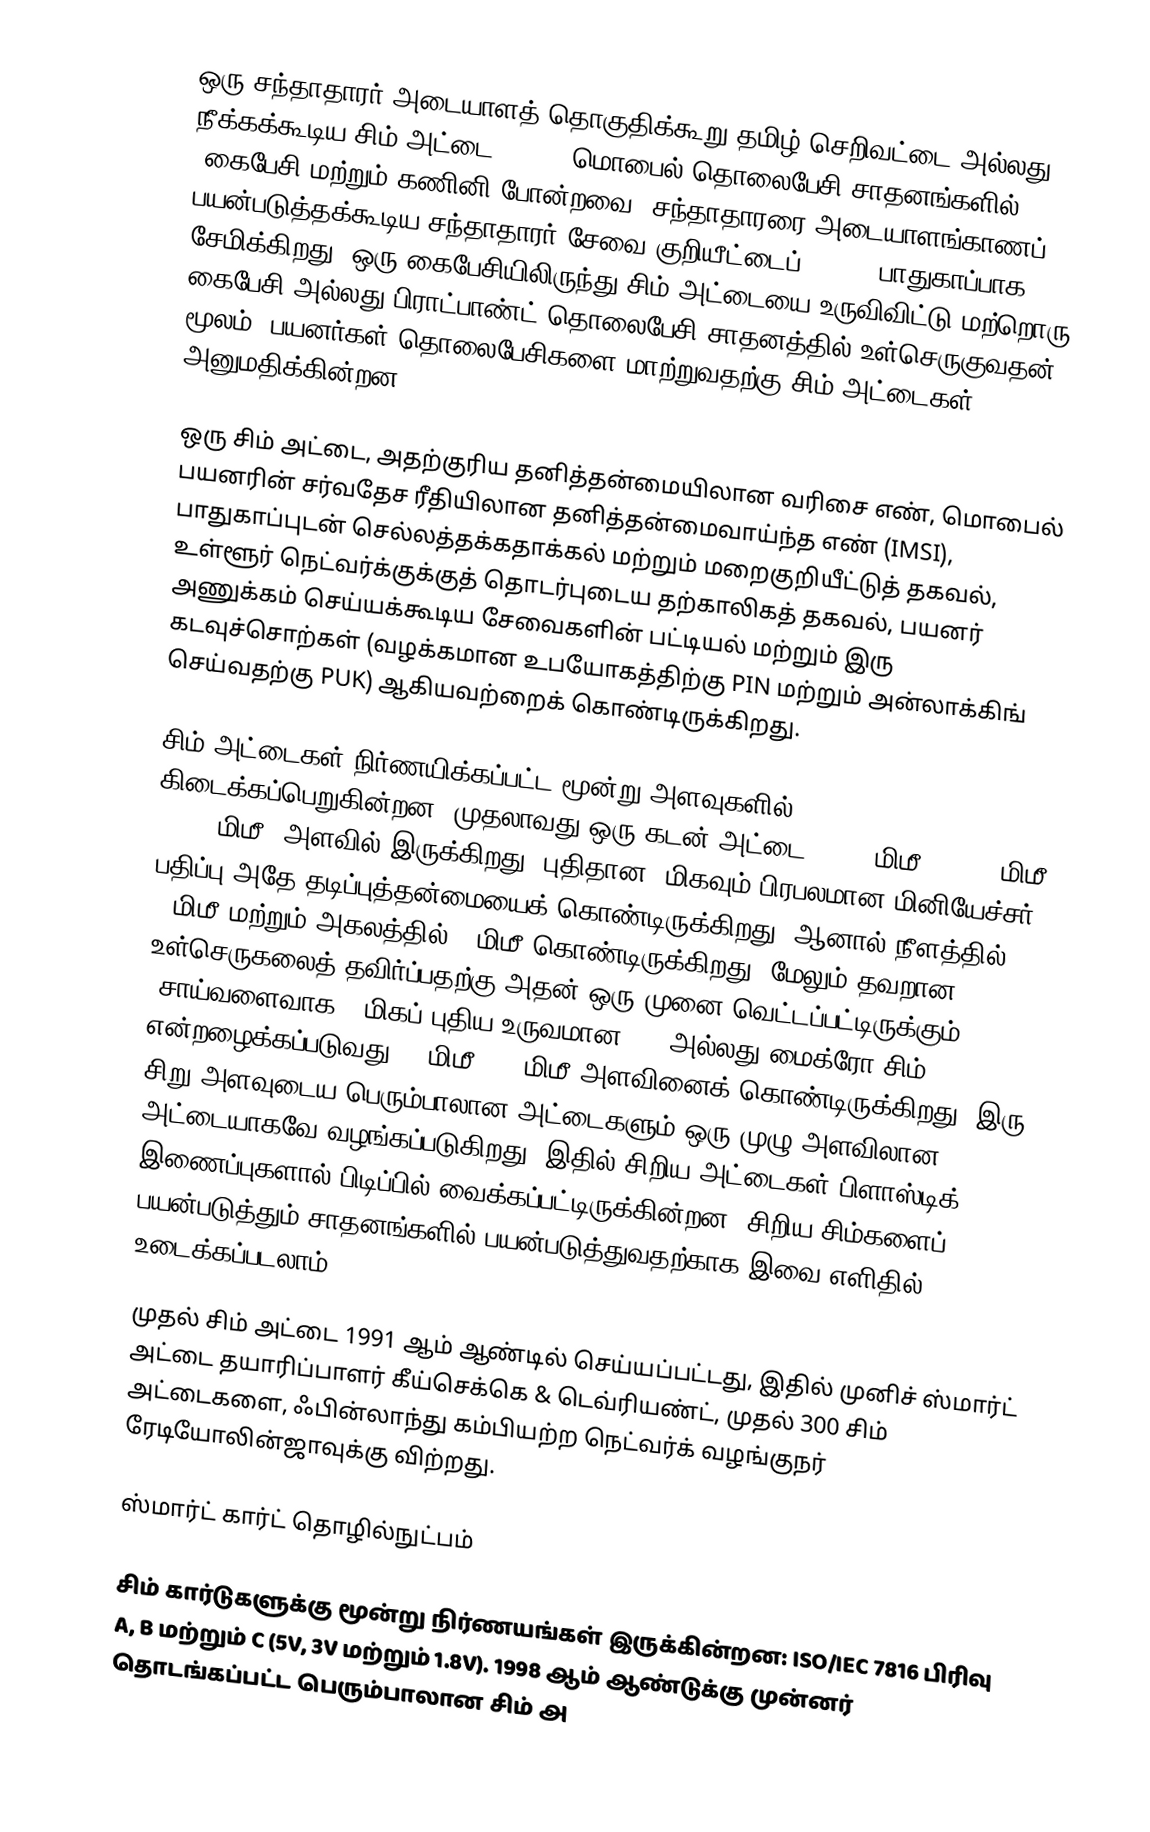
ஒரு சந்தாதாரர் அடையாளத் தொகுதிக்கூறு தமிழ்:செறிவட்டை அல்லது நீக்கக்கூடிய சிம் அட்டை (SIM), மொபைல் தொலைபேசி சாதனங்களில் (கைபேசி மற்றும் கணினி போன்றவை) சந்தாதாரரை அடையாளங்காணப் பயன்படுத்தக்கூடிய சந்தாதாரர் சேவை குறியீட்டைப் (IMSI) பாதுகாப்பாக சேமிக்கிறது. ஒரு கைபேசியிலிருந்து சிம் அட்டையை உருவிவிட்டு மற்றொரு கைபேசி அல்லது பிராட்பாண்ட் தொலைபேசி சாதனத்தில் உள்செருகுவதன் மூலம், பயனர்கள் தொலைபேசிகளை மாற்றுவதற்கு சிம் அட்டைகள் அனுமதிக்கின்றன.

ஒரு சிம் அட்டை, அதற்குரிய தனித்தன்மையிலான வரிசை எண், மொபைல் பயனரின் சர்வதேச ரீதியிலான தனித்தன்மைவாய்ந்த எண் (IMSI), பாதுகாப்புடன் செல்லத்தக்கதாக்கல் மற்றும் மறைகுறியீட்டுத் தகவல், உள்ளூர் நெட்வர்க்குக்குத் தொடர்புடைய தற்காலிகத் தகவல், பயனர் அணுக்கம் செய்யக்கூடிய சேவைகளின் பட்டியல் மற்றும் இரு கடவுச்சொற்கள் (வழக்கமான உபயோகத்திற்கு PIN மற்றும் அன்லாக்கிங் செய்வதற்கு PUK) ஆகியவற்றைக் கொண்டிருக்கிறது.

சிம் அட்டைகள் நிர்ணயிக்கப்பட்ட மூன்று அளவுகளில் கிடைக்கப்பெறுகின்றன. முதலாவது ஒரு கடன் அட்டை (85.60மிமீ × 53.98மிமீ x 0.76மிமீ) அளவில் இருக்கிறது. புதிதான, மிகவும் பிரபலமான மினியேச்சர் பதிப்பு அதே தடிப்புத்தன்மையைக் கொண்டிருக்கிறது, ஆனால் நீளத்தில் 25மிமீ மற்றும் அகலத்தில் 15மிமீ கொண்டிருக்கிறது, மேலும் தவறான உள்செருகலைத் தவிர்ப்பதற்கு அதன் ஒரு முனை வெட்டப்பட்டிருக்கும் (சாய்வளைவாக). மிகப் புதிய உருவமான 3FF அல்லது மைக்ரோ சிம் என்றழைக்கப்படுவது, 15மிமீ × 12மிமீ அளவினைக் கொண்டிருக்கிறது. இரு சிறு அளவுடைய பெரும்பாலான அட்டைகளும் ஒரு முழு-அளவிலான அட்டையாகவே வழங்கப்படுகிறது, இதில் சிறிய அட்டைகள் பிளாஸ்டிக் இணைப்புகளால் பிடிப்பில் வைக்கப்பட்டிருக்கின்றன; சிறிய சிம்களைப் பயன்படுத்தும் சாதனங்களில் பயன்படுத்துவதற்காக இவை எளிதில் உடைக்கப்படலாம்.

முதல் சிம் அட்டை 1991 ஆம் ஆண்டில் செய்யப்பட்டது, இதில் முனிச் ஸ்மார்ட் அட்டை தயாரிப்பாளர் கீய்செக்கெ & டெவ்ரியண்ட், முதல் 300 சிம் அட்டைகளை, ஃபின்லாந்து கம்பியற்ற நெட்வர்க் வழங்குநர் ரேடியோலின்ஜாவுக்கு விற்றது.

ஸ்மார்ட் கார்ட் தொழில்நுட்பம்

சிம் கார்டுகளுக்கு மூன்று நிர்ணயங்கள் இருக்கின்றன: ISO/IEC 7816 பிரிவு A, B மற்றும் C (5V, 3V மற்றும் 1.8V). 1998 ஆம் ஆண்டுக்கு முன்னர் தொடங்கப்பட்ட பெரும்பாலான சிம் அ